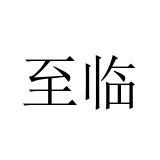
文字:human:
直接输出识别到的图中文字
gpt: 至临